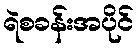
ရဲစခန်းအပိုင်